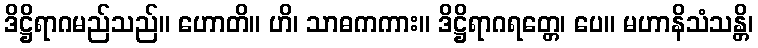
ဒိဋ္ဌိရာဂမည်သည်။ ဟောတိ။ ဟိ၊ သာဓကကား။ ဒိဋ္ဌိရာဂရတ္တေ၊ ပေ။ မဟာနိသံသန္တိ၊